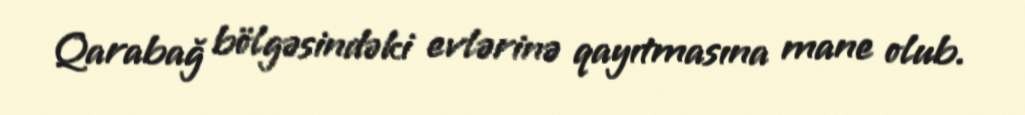
Qarabağ bölgəsindəki evlərinə qayıtmasına mane olub.